Jaan_Tonisson_(Lasteleht), lk 6
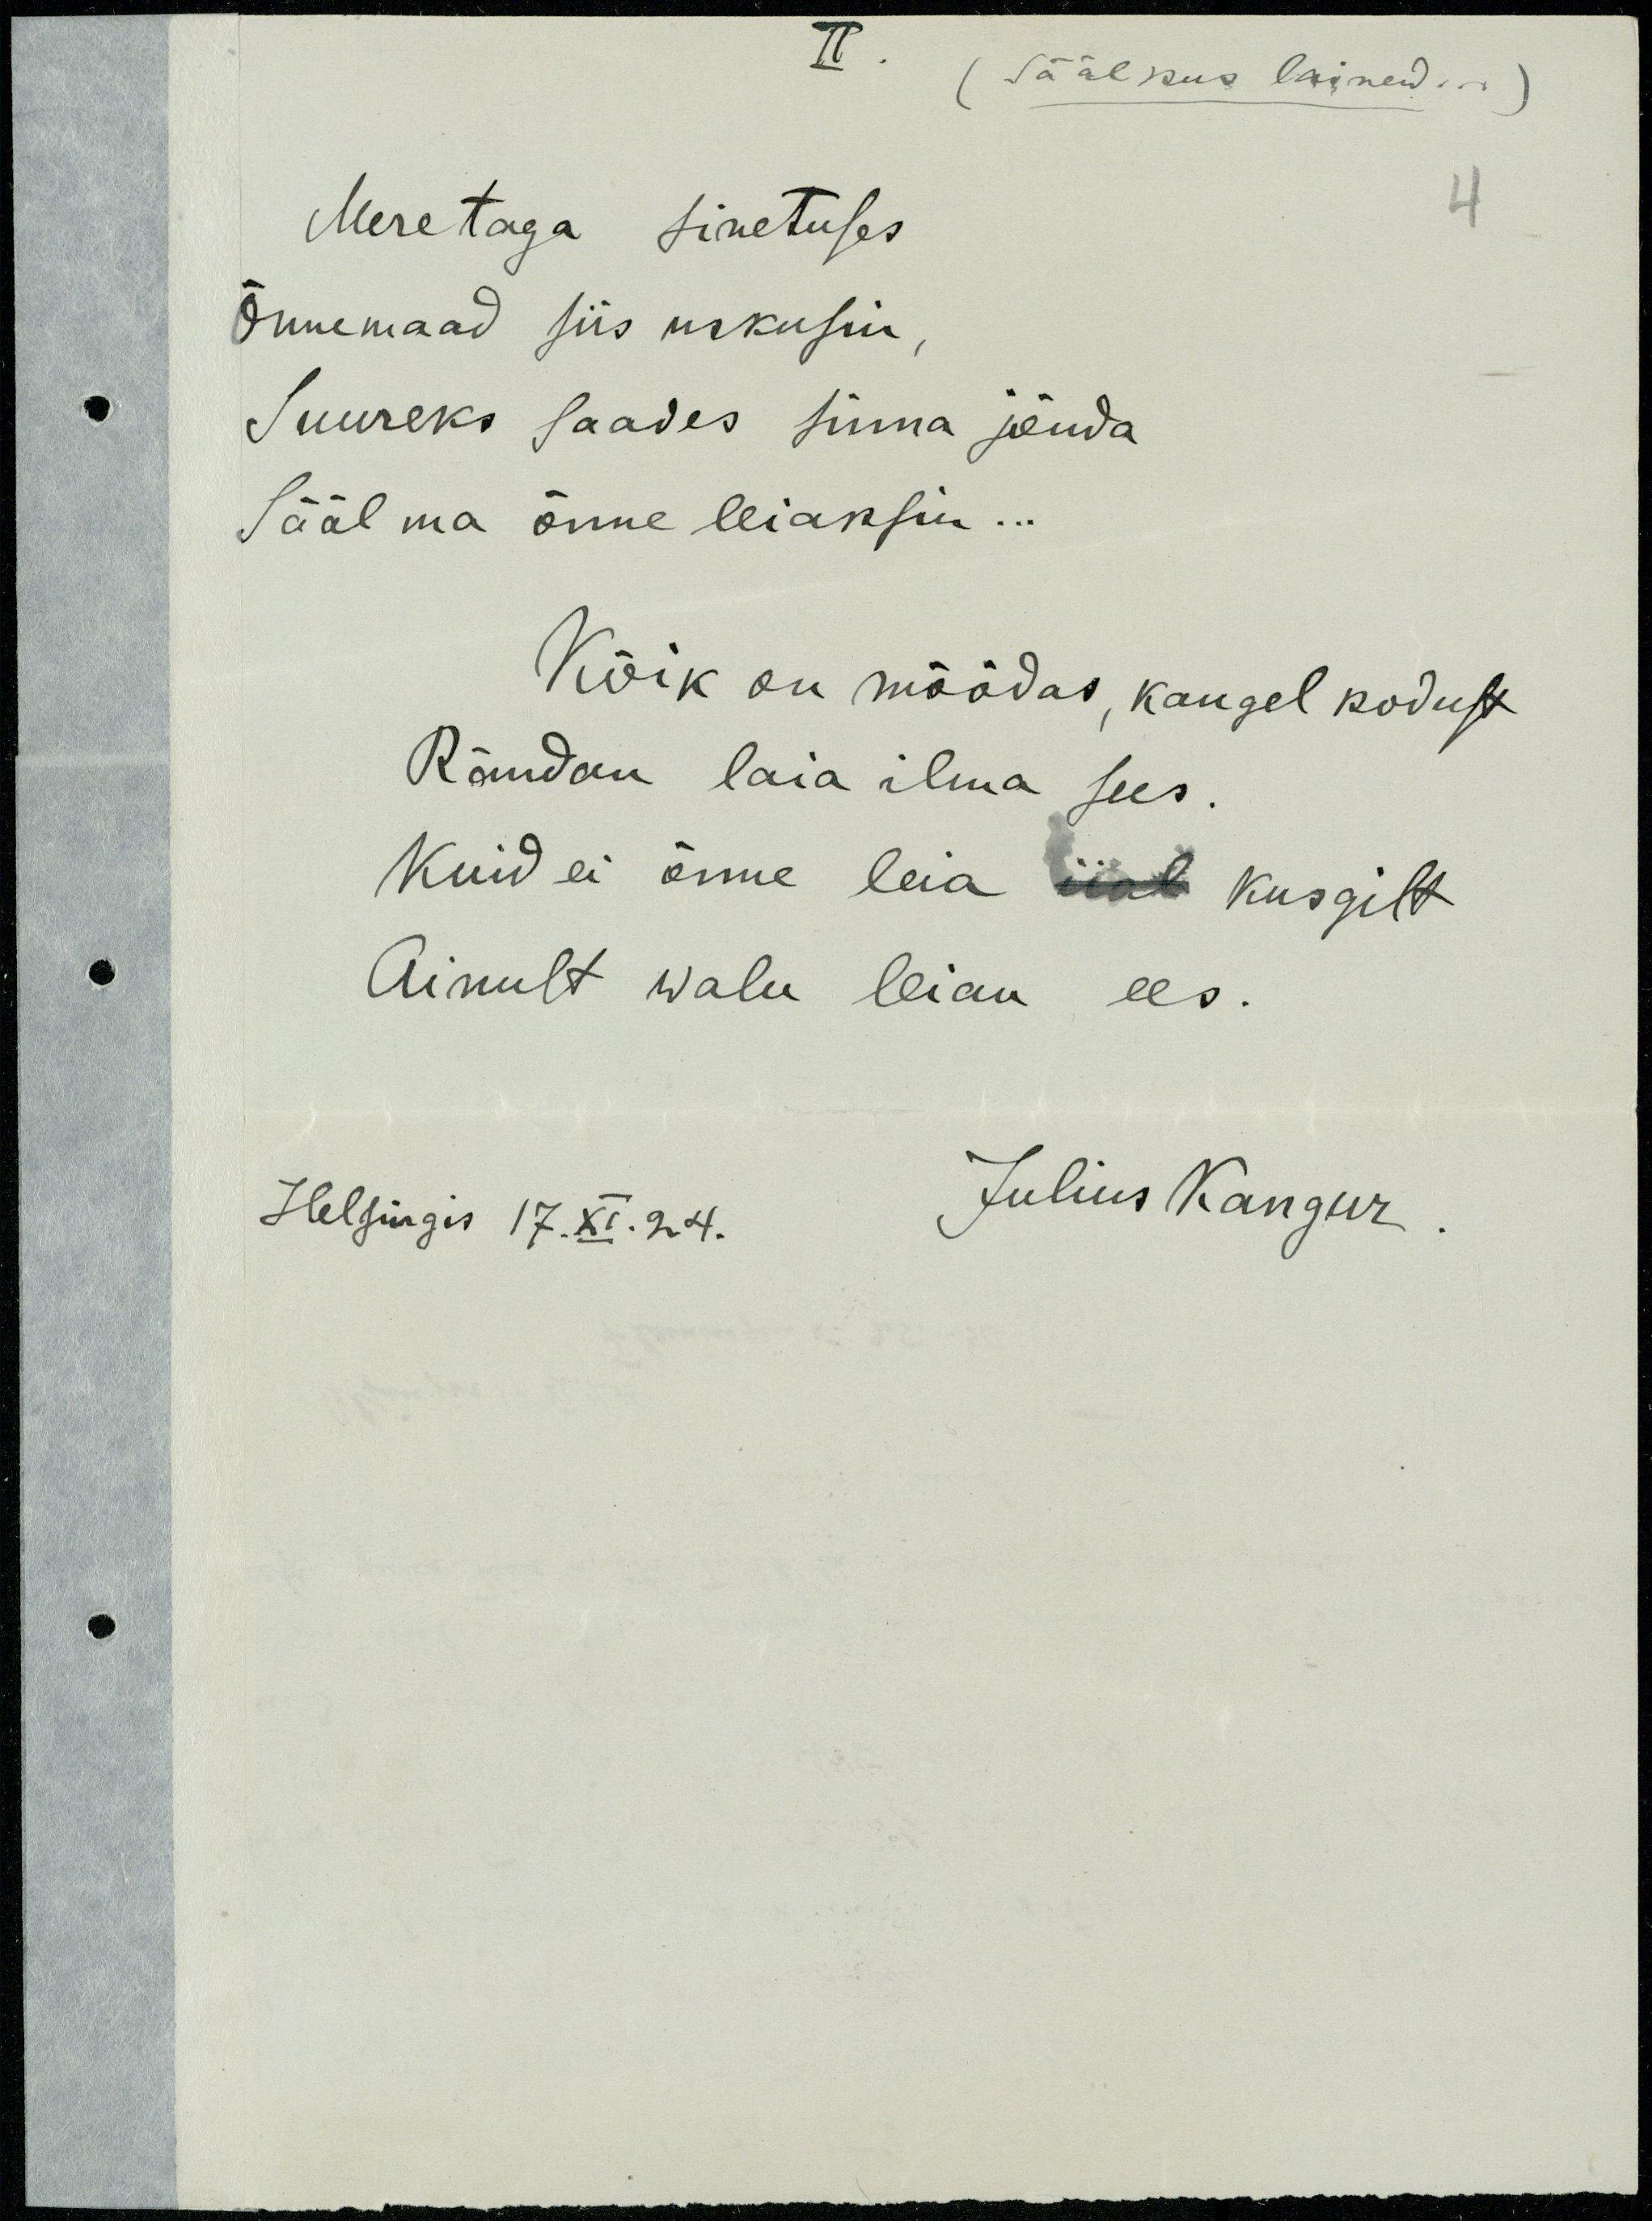
II.
(Sääl kus lained...)
Mere taga sinetuses
Õnnemaad siis uskusin
Suureks saades sinna jõuda
Sääl ma õnne leiaksin...
Kõik on möödas, kaugel kodust
Rändan laia ilma sees.
Kuid ei õnne leia iial kusgilt
Ainult walu leian ees.
Julius Kangur
Helsingis 17.XI.24.